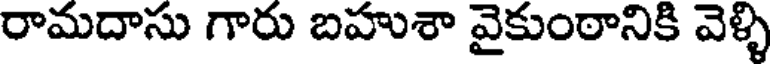
రామదాసు గారు బహుశా వైకుంఠానికి వెళ్ళి